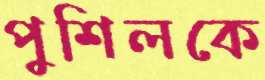
পুশিলকে